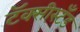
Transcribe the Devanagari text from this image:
टॅक्सीस्टँड